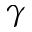
\gamma